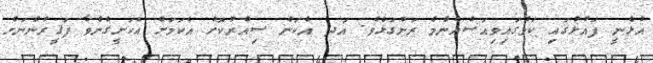
އުޅެނީ ފައުޅުގައި ކަމުގައިވިއަސްއެންމެ ރަންގަޅެވެ. އަދ އެކަން ސިއްރުކޮށް އެކަމަށް އެކަށީގެންވާ ފަޤީރުންނަށް